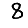
Digit: 8